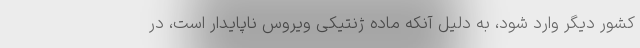
کشور دیگر وارد شود، به دلیل آنکه ماده ژنتیکی ویروس ناپایدار است، در